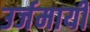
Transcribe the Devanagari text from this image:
उर्जमायी